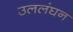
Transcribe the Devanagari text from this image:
उललंघन